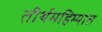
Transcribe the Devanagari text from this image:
तीर्थमहिम्यात